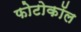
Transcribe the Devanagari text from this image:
फोटोकॉल